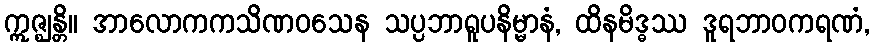
ဣဇ္ဈန္တိ။ အာလောကကသိဏဝသေန သပ္ပဘာရူပနိမ္မာနံ, ထိနမိဒ္ဓဿ ဒူရဘာဝကရဏံ,